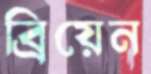
ব্রিয়েন